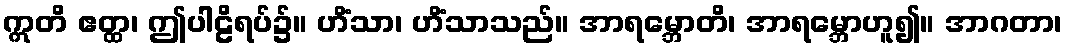
ဣတိ ဧတ္ထ၊ ဤပါဠိရပ်၌။ ဟိံသာ၊ ဟိံသာသည်။ အာရမ္ဘောတိ၊ အာရမ္ဘောဟူ၍။ အာဂတာ၊